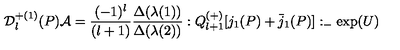
{ \cal D } _ { l } ^ { + ( 1 ) } ( P ) { \cal A } = \frac { ( - 1 ) ^ { l } } { ( l + 1 ) } \frac { \Delta ( \lambda ( 1 ) ) } { \Delta ( \lambda ( 2 ) ) } : Q _ { l + 1 } ^ { ( + ) } [ j _ { 1 } ( P ) + \bar { j } _ { 1 } ( P ) ] : _ { - } \exp ( U )